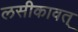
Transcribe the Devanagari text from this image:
लसीकावत्